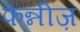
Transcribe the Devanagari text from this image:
फन्नीज़